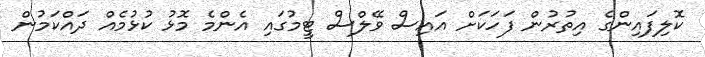
ކޮލިފައިންގެ އިތުރުން ފަހަކަށް އައިސް ވޭލްސް ޓީމުގައި އެންމެ މޮޅު ކުޅުމެއް ދައްކަމުން